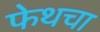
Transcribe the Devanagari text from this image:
फेथचा